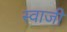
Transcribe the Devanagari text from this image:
स्वाजी